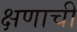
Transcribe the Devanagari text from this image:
क्षणाची